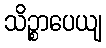
သိဉ္စာပေယျ